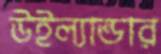
উইল্যান্ডার